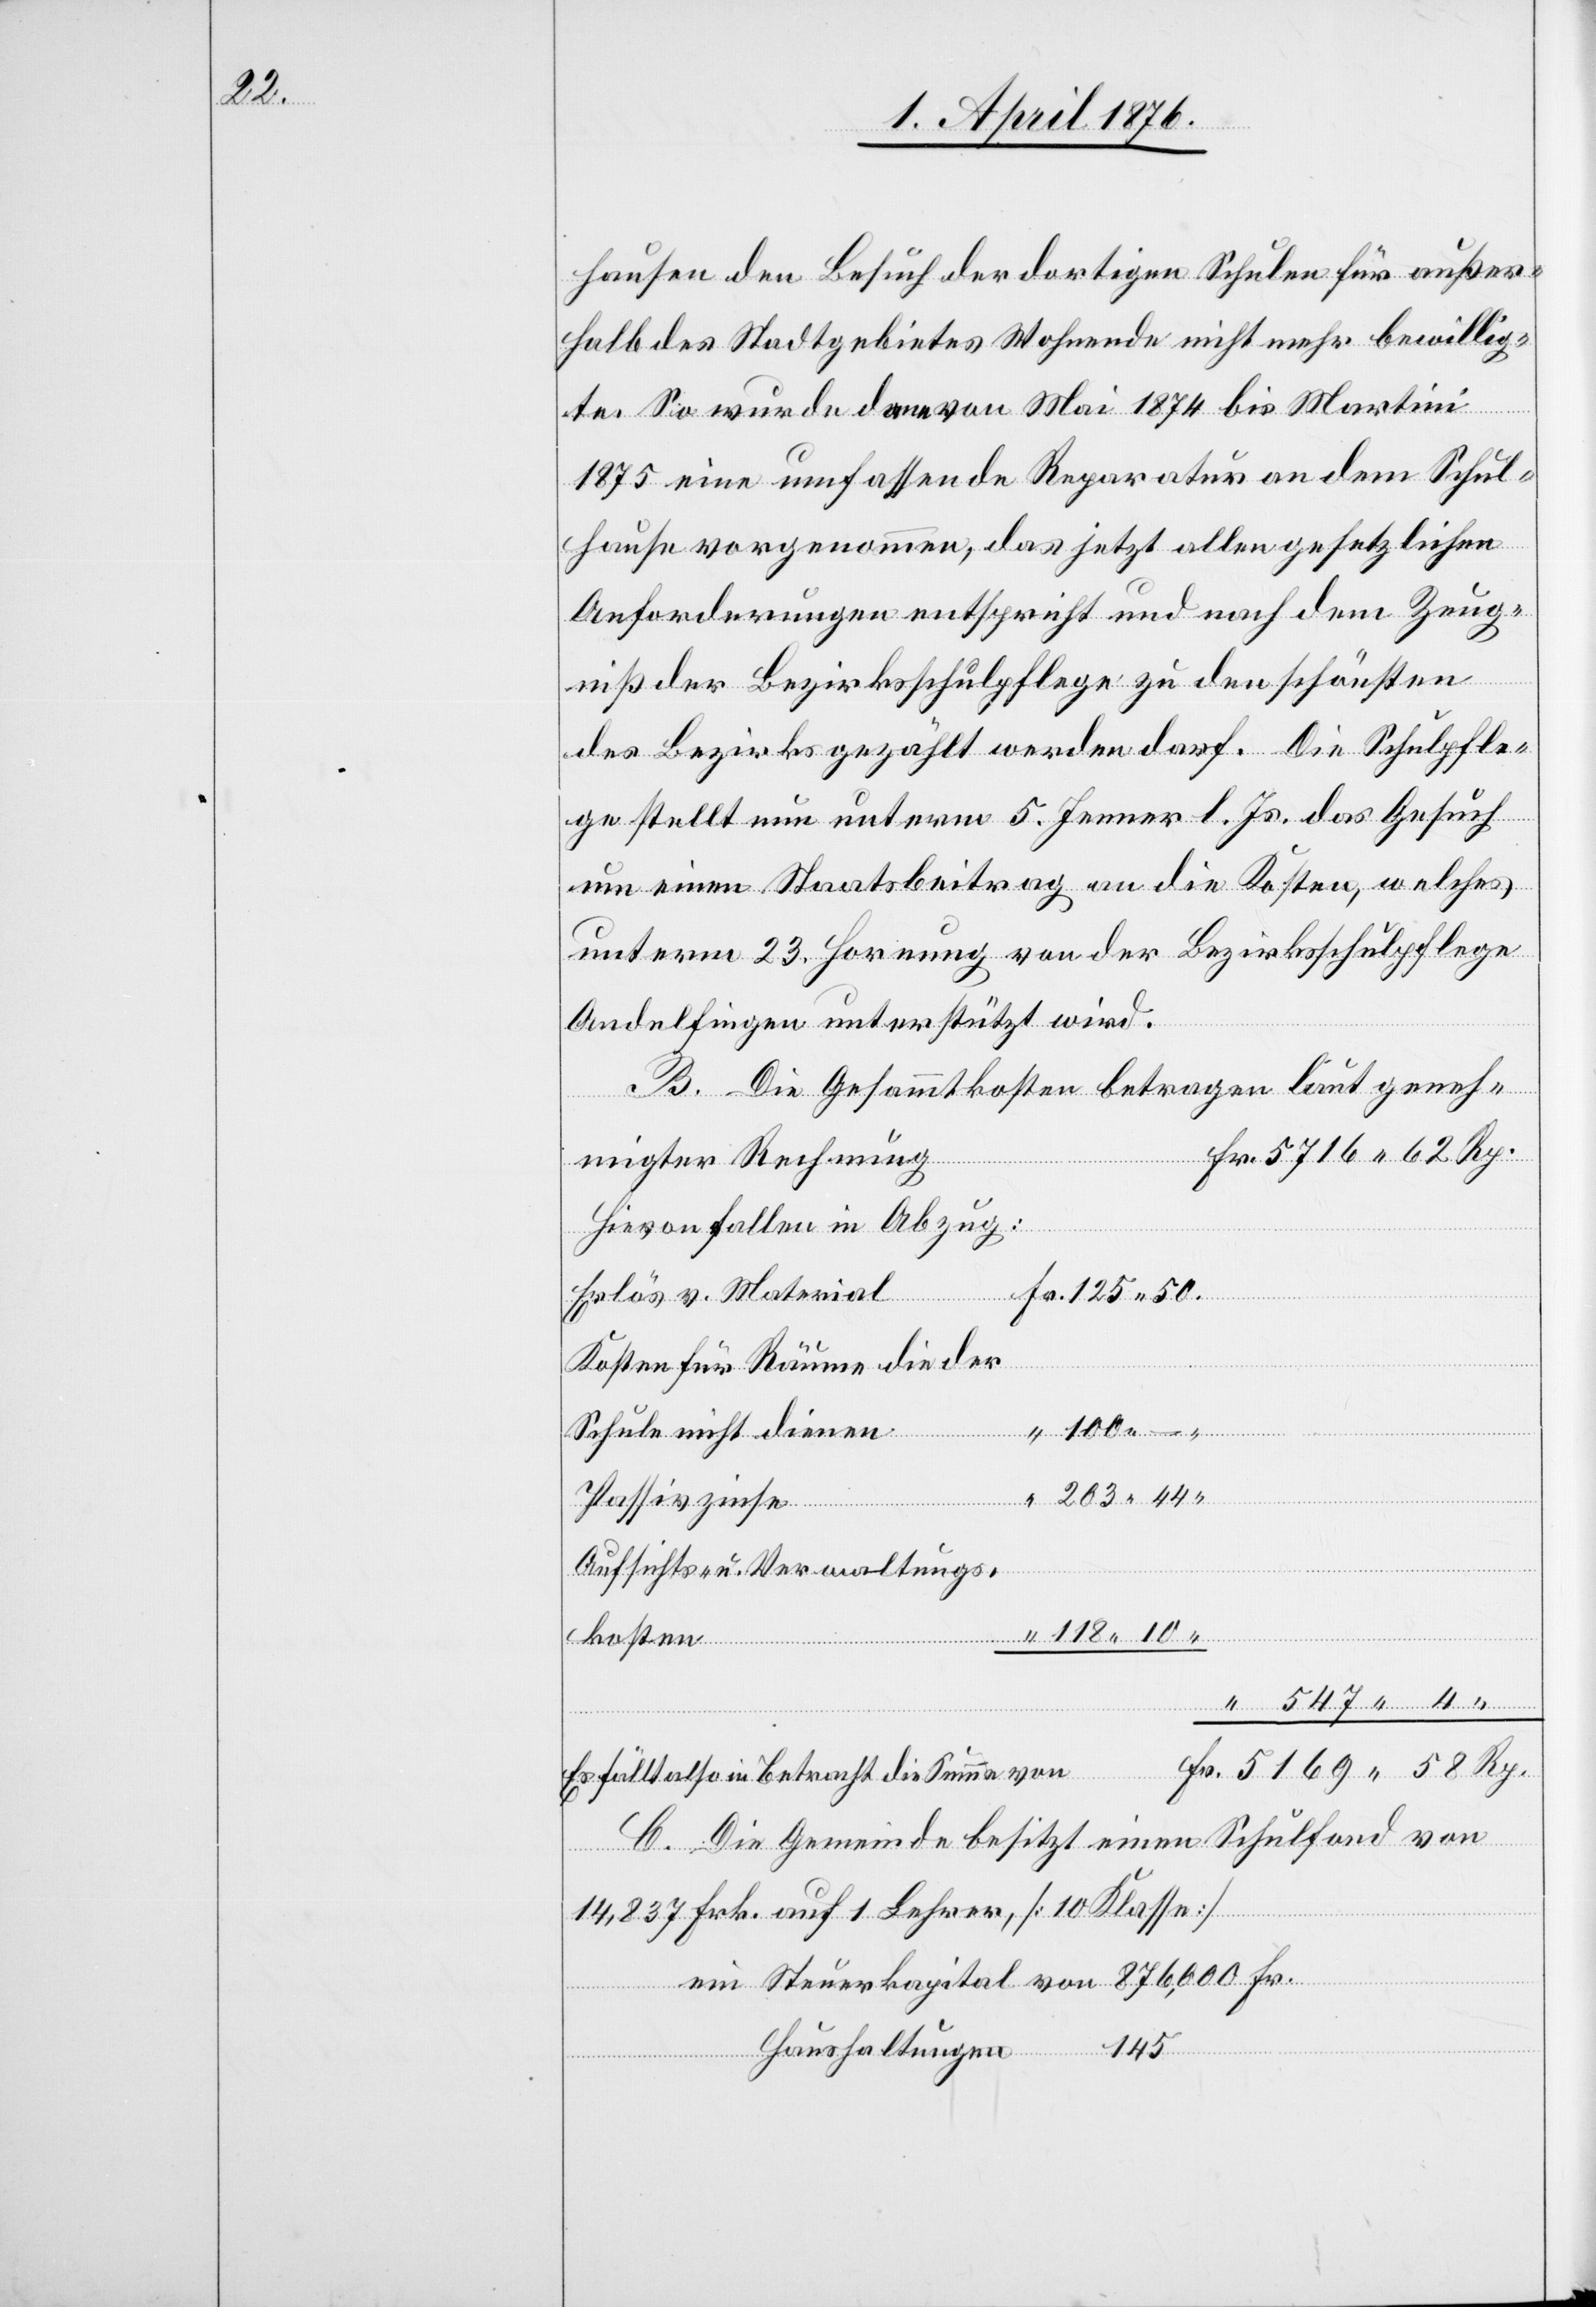
hausen den Besuch der dortigen Schulen für außer¬
halb des Stadtgebietes Wohnende nicht mehr bewillig¬
te. So wurde denn von Mai 1874 bis Martini
1875 eine umfassende Reparatur an dem Schul¬
hause vorgenommen, das jetzt allen gesetzlichen
Anforderungen entspricht und nach dem Zeug¬
niß der Bezirksschulpflege zu den schönsten
des Bezirks gezählt werden darf. Die Schulpfle¬
ge stellt nun unterm 5. Jenner l. Js. das Gesuch
um einen Staatsbeitrag an die Kosten, welches
unterm 23. Hornung von der Bezirksschulpflege
Andelfingen unterstützt wird.
B. Die Gesammtkosten betragen laut
migter Rechnung
Hievon fallen in Abzug:
Fr.
Erlös v. Material
Kosten für Räume die der
Schule nicht dienen
Passivzinsen
Aufsichts- u. Verwaltungs¬
ein
kosten
kapital
Es fällt also in Betracht die Summe von
C. Die Gemeinde besitzt einen Schulfond von
14,837 Frk. auf 1 Lehrer, [10 Klasse]
145
Haushaltungen